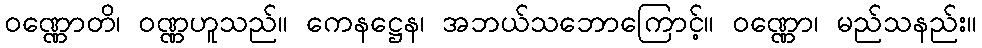
ဝဏ္ဏောတိ၊ ဝဏ္ဏဟူသည်။ ကေနဋ္ဌေန၊ အဘယ်သဘောကြောင့်။ ဝဏ္ဏော၊ မည်သနည်း။